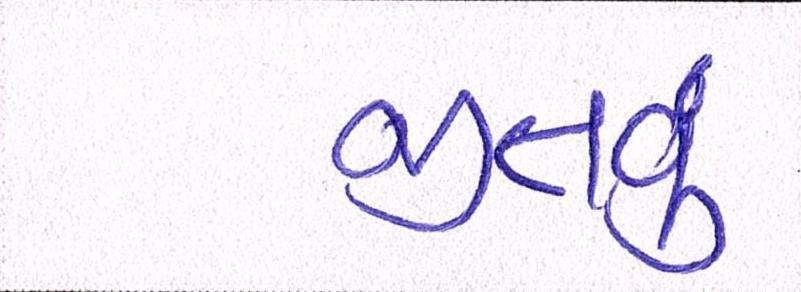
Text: જીતવું